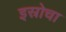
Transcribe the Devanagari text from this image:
इस्रोचा